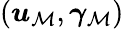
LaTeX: (\boldsymbol{u}_{\mathcal{M}},\boldsymbol{\gamma}_{\mathcal{M}})